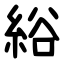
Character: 綌